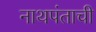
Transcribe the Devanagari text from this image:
नाथपंताची